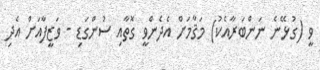
ވީ (ގުޅޭނެ ނަންބަރާއެކު) މަޤާމަށް އެދެންވީ ގޮތާއި ސުންގަޑި - ވަޒީފާއަށް އެދި